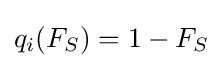
q_{i}(F_{S})=1-F_{S}